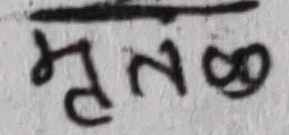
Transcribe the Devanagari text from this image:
मृतक